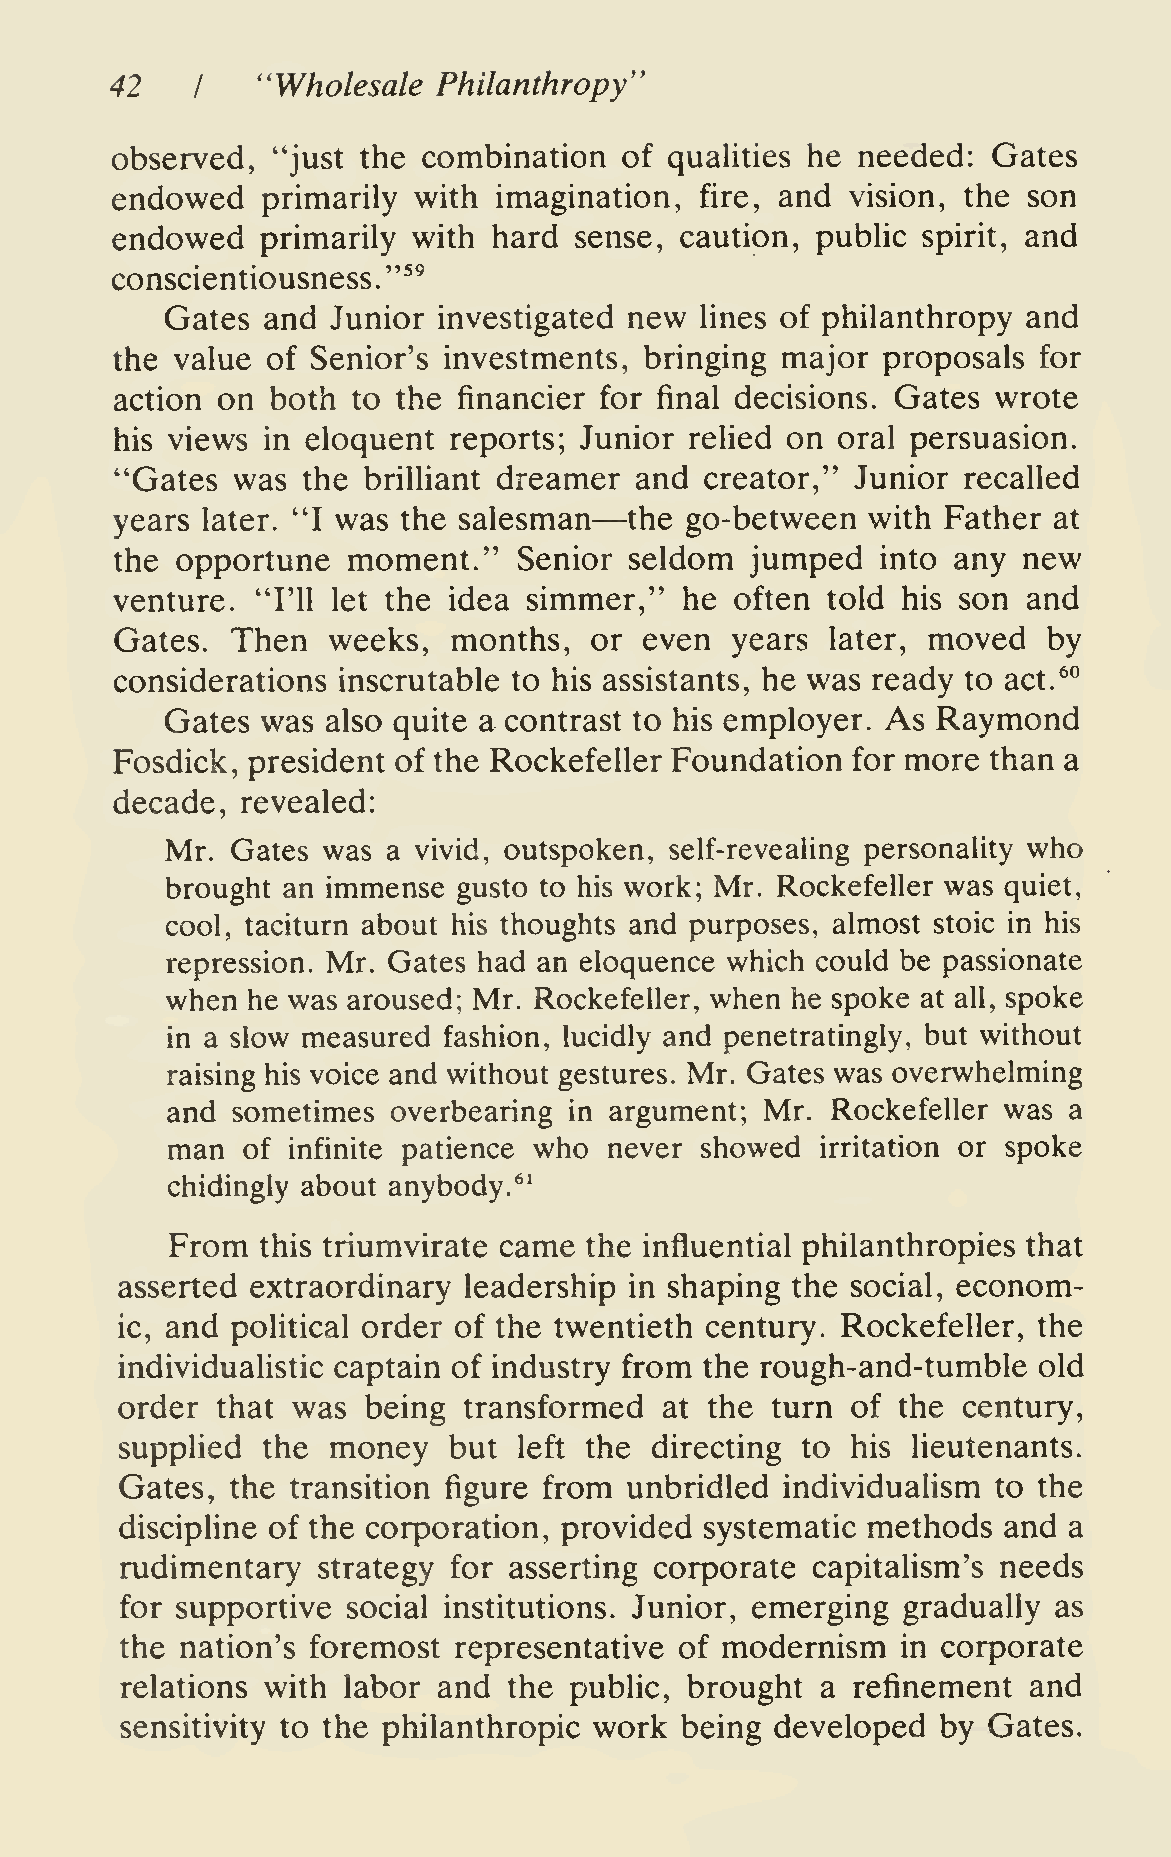
42        "Wholesale  Philanthropy"
 I
 observed,  "just the combination  of qualities he needed:  Gates
 endowed   primarily with  imagination, fire, and vision, the son
 endowed   primarily with  hard sense, caution, public spirit, and
 conscientiousness."^^
 Gates and  Junior investigated new lines of philanthropy and
 the value of Senior's investments, bringing major proposals  for
 action on both to the financier for final decisions. Gates wrote
 his views in eloquent reports; Junior relied on oral persuasion.
 "Gates was  the brilliant dreamer and  creator," Junior recalled
 —
 years later. "I was the salesman  the go-between with  Father at
 the opportune  moment."   Senior  seldom  jumped  into any  new
 venture. "I'll let the idea simmer," he  often told his son and
 Gates. Then   weeks,  months,  or  even years  later, moved  by
 considerations inscrutable to his assistants, he was ready to act.^°
 Gates was  also quite a contrast to his employer. As Raymond
 Fosdick, president of the Rockefeller Foundation for more than a
 decade, revealed:
 Mr. Gates was  a vivid, outspoken, self-revealing personality who
 brought an immense gusto to his work; Mr. Rockefeller was quiet,
 cool, taciturn about his thoughts and purposes, almost stoic in his
 repression. Mr. Gates had an eloquence which could be passionate
 when he was aroused; Mr. Rockefeller, when he spoke at all, spoke
 in a slow measured fashion, lucidly and penetratingly, but without
 raising his voice and without gestures. Mr. Gates was overwhelming
 and sometimes  overbearing in argument; Mr. Rockefeller was a
 man  of infinite patience who never showed irritation or spoke
 chidingly about anybody.61
 From  this triumvirate came the influential philanthropies that
 asserted extraordinary leadership in shaping the social, econom-
 ic, and political order of the twentieth century. Rockefeller, the
 individualistic captain of industry from the rough-and-tumble old
 order that was  being  transformed  at the turn of the  century,
 supplied the  money   but left the directing to his heutenants.
 Gates, the transition figure from unbridled individualism to the
 discipline of the corporation, provided systematic methods and a
 rudimentary  strategy for asserting corporate capitalism's needs
 for supportive social institutions. Junior, emerging gradually as
 the nation's foremost representative of modernism   in corporate
 relations with labor and  the public, brought a refinement  and
 sensitivity to the philanthropic work being developed by Gates.